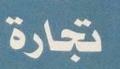
تجارة